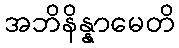
အဘိနိန္နာမေတိ